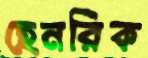
হেনরিক